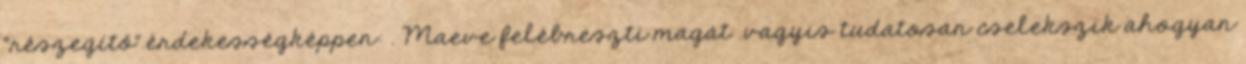
“részegítő”.érdekességképpen: . Maeve felébreszti magát .vagyis tudatosan cselekszik ahogyan